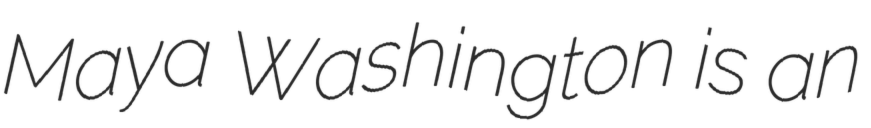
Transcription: Maya Washington is an